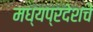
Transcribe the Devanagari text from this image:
मध्यप्रदेशचे